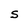
Character: S